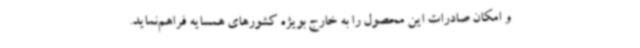
و امکان صادرات این محصول را به خارج بویژه کشورهای همسایه فراهم‌نماید.